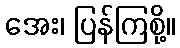
အေး၊ ပြန်ကြစို့။